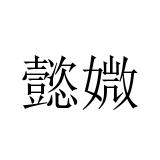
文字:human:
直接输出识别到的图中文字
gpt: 懿媺